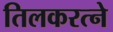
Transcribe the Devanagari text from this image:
तिलकरत्‍ने